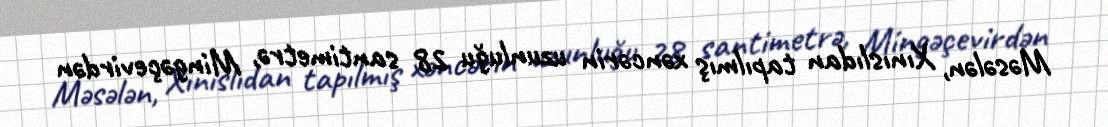
Məsələn, Xınıslıdan tapılmış xəncərin uzunluğu 28 santimetrə, Mingəçevirdən